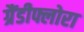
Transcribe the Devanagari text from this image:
ग्रैंडीफ्लोरा